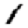
Digit: 1